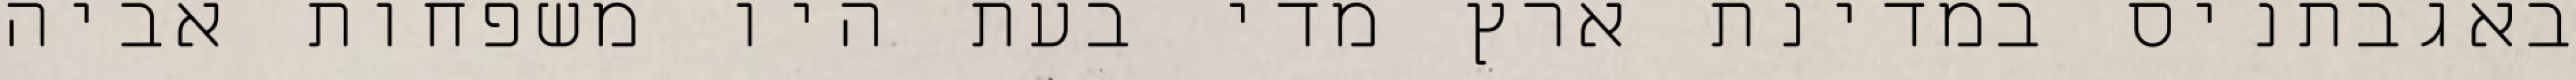
באגבתניס במדינת ארץ מדי בעת היו משפחות אביה